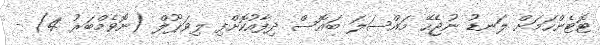
ޓޮޓެންހަމަށް ލަނޑު ނުޖެހޭ މައްސަލަ ބައޮސް ދިފާއުކޮށްފި ލިވަޕޫލް (ނޮވެމްބަރު 4) -